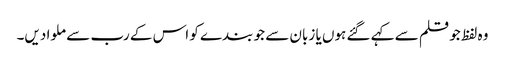
وہ لفظ جو قلم سے کہے گئے ہوں یا زبان سے جو بندے کو اس کے رب سے ملوا دیں۔